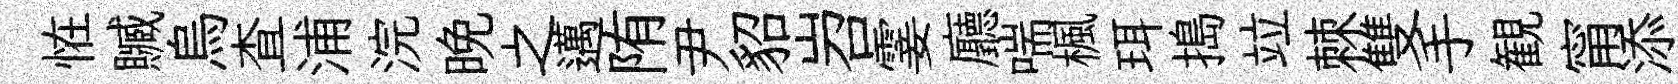
恠贓烏查浦浣晚之邁陏尹貂岧霎廳喘楓珥搗竝棘雙手観甯添